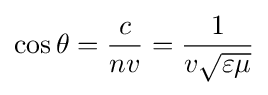
\cos \theta ={\frac {c}{nv}}={\frac {1}{v{\sqrt {\varepsilon \mu }}}}\,\!